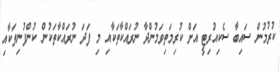
ކުރުމުން ސައިބާ ސެކިއުރިޓީ އަށް ކުރިމަތިވަމުންދާ ނުރައްކާތަކާއި މި ފަދަ ނުރައްކާތަކުން ކުންފުނިތަކާއި